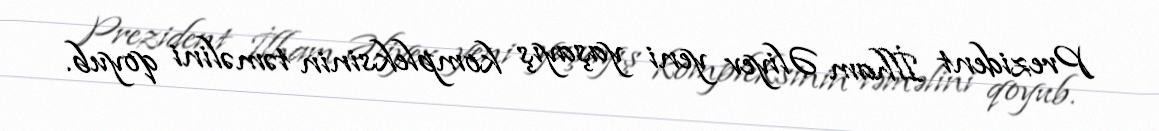
Prezident İlham Əliyev yeni yaşayış kompleksinin təməlini qoyub.